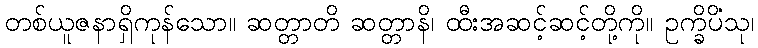
တစ်ယူဇနာရှိကုန်သော။ ဆတ္တာတိ ဆတ္တာနိ၊ ထီးအဆင့်ဆင့်တို့ကို။ ဥက္ခိပိံသု၊